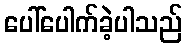
ပေါ်ပေါက်ခဲ့ပါသည်